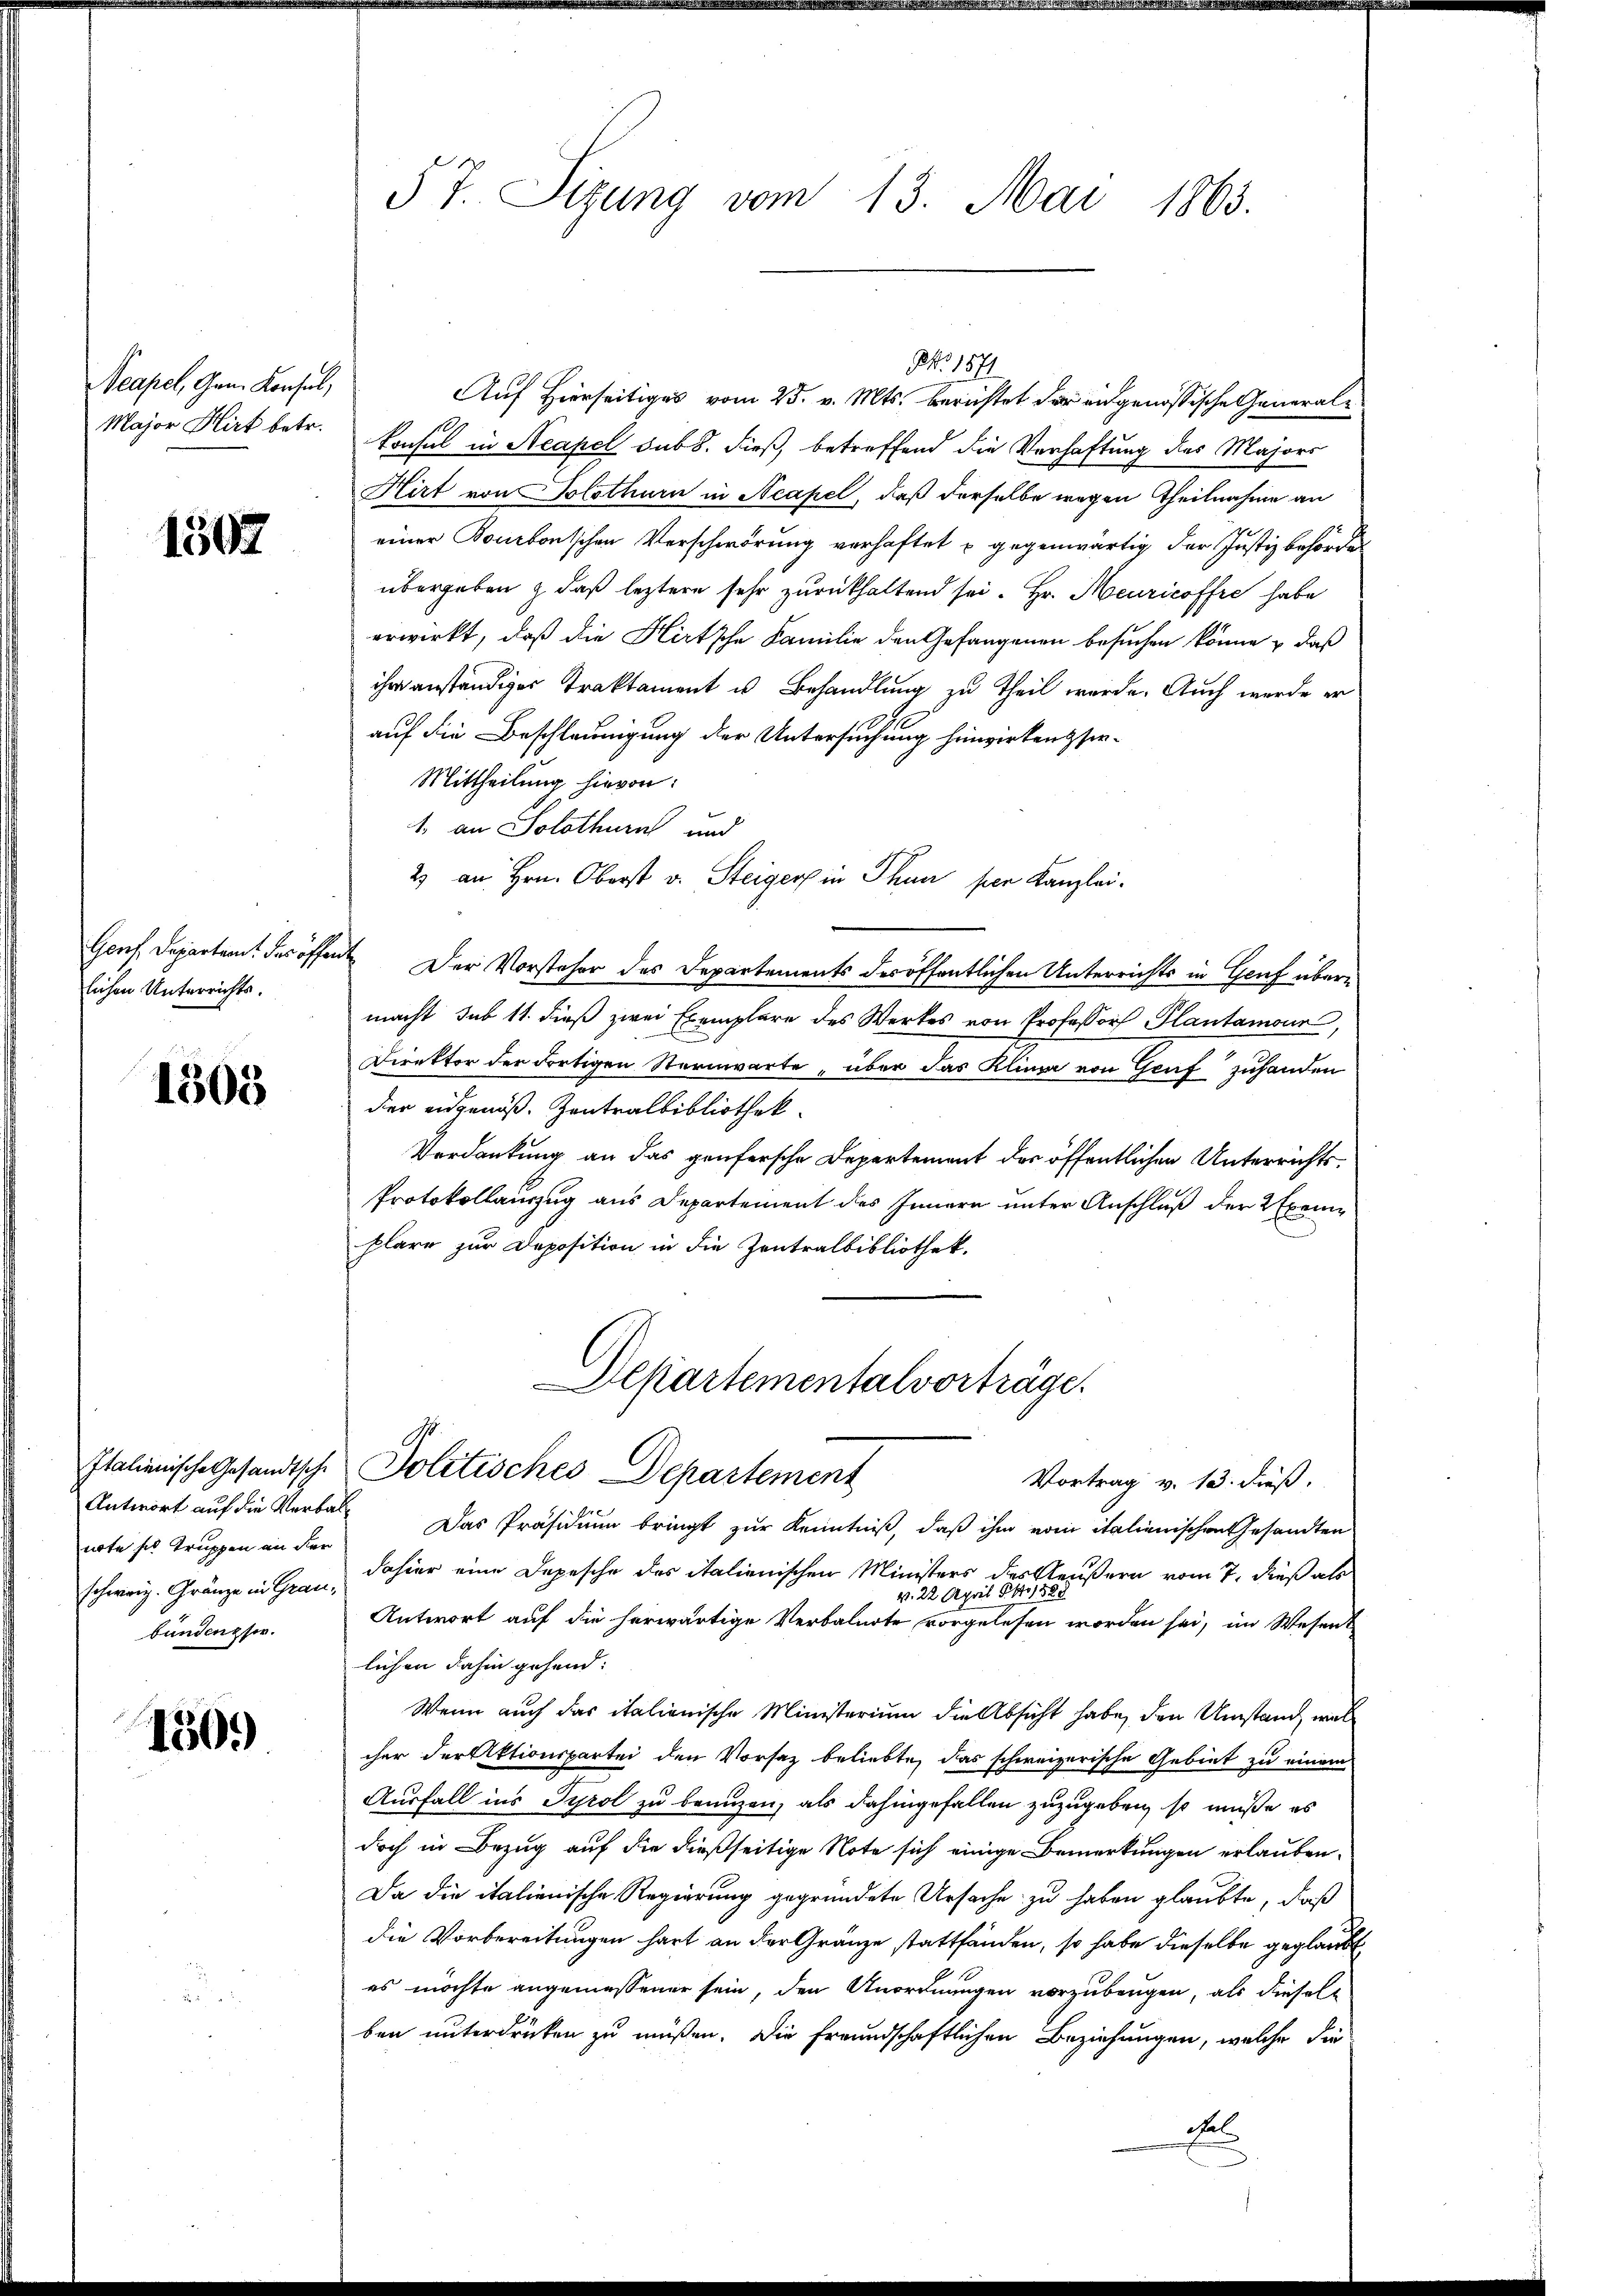
Neapel, Gen. Konsul,
Major Hirt betr.

1507

lichen Unterrichts.

1305

note ses Truppen an der
schweiz. Gränze in Graubundensee.

150.

§ 7. Sizung vom 13. Mai 1863.

Auf Hierseitiges vom 25. v. Mts. berichtet der eidgenössische Generalkonsul in Neapel sub 8. dieß, betreffend die Verhaftung des Majors
Hirt von Solothurn in Neapel, daß derselbe wegen Theilnahme an
einer Bonbonsschen Verschwörung verhaftet u. gegenwärtig der Justizbehörden
übergeben & daß leztere sehr zurückhaltend sei. Hr. Meuricoffre habe
erwirkt, daß die Hirtsche Familie den Gefangenen besuchen könne & daß
ihr anständiger Traktament u. Behandlung zu theil werde. Auch werde er
auf die Beschleunigung der Untersuchung hinwirkenssir¬
Mittheilung hievon:
1. an Solothurn und
2 an Hrn. Oberst v. Steiger in Thun per Kanzlei¬
Genf Departam des öffen. Der Vorsteher des Departements des öffentlichen Unterrichts in Genf über-
macht, sub 11. dieß zwei Exemplare des Werkes von Professor Plantamour,
Direktor der dortigen Sternwarte, über das Klinge von Graf zuhanden
der eidgenöß. Zentralbibliothek
Verdankung an das genfersche Departement der öffentlichen Unterrichts¬
Protokollauszug aus Departement des Innern unter Anschluß der 2 Exemplare zur Deposition in die Zentralbibliothek.

NNo. 1871

Departementalvorträge.
Italienische Gesandtsche Politisches Departement

Antwort auf die Verbal¬ Das Präsidium bringt zur Kenntniß, daß ihm vom italienischen Gesandten
dahier eine Depesche des italienischen Ministers des Aeußern vom 7. dieß als
v. 22. April 1889
Antwort auf die herwärtige Verbalnote vorgelesen worden sei, im Wesent
lichen dahin gehend:
Wenn auch das italienische Ministerium die Absicht habe, den Umstand, wel
cher der Aktionspartei den Vorsatz beliebte, das schweizerische Gebiet zu einem
Ausfall ins Tyrol zu benuzen, als dahingefallen zuzugeben, so müße es
doch in Bezug auf die dießseitige Note sich einige Bemerkungen erlauben.
Da die italienische Regierung gegründete Ursache zu haben glaubte, daß
die Vorbereitungen hart an der Gränze stattfänden, so habe dieselbe geglaubt
es möchte angemessener sein, den Anordnungen vorzubeugen, als diesel
ben unterdrücken zu müßen. Die freundschaftlichen Beziehungen, welche die
Fal

Vortrag v. 13. dieß.